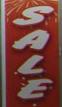
sale